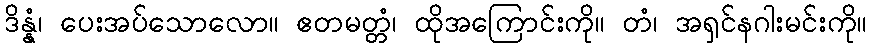
ဒိန္နံ၊ ပေးအပ်သောလော။ ဧတမတ္တံ၊ ထိုအကြောင်းကို။ တံ၊ အရှင်နဂါးမင်းကို။